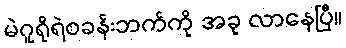
မဲဂူရိုရဲစခန်းဘက်ကို အခု လာနေပြီ။